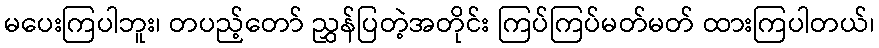
မပေးကြပါဘူး၊ တပည့်တော် ညွှန်ပြတဲ့အတိုင်း ကြပ်ကြပ်မတ်မတ် ထားကြပါတယ်၊